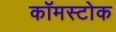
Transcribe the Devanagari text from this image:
कॉमस्टोक